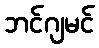
ဘင်ဂျမင်